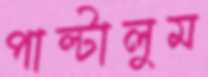
পাল্‌টালুম